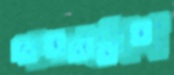
পতনমোহা